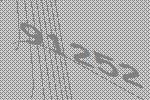
91252